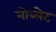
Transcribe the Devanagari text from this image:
नोब्लेट